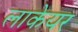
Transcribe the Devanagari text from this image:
लाकेयर